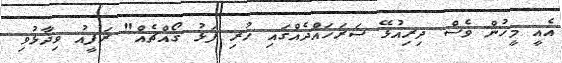
އެއީ މީހުން ވެސް ދިރިއުޅޭ ސަރަހައްދެއްގައި ހުރި ފަޅު ގޯއްޗެއް" ރަފީއު ވިދާޅުވި